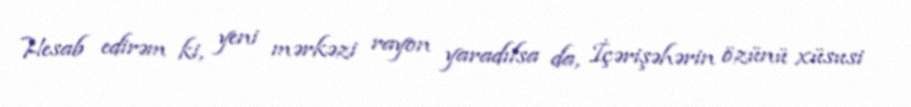
Hesab edirəm ki, yeni mərkəzi rayon yaradılsa da, İçərişəhərin özünü xüsusi